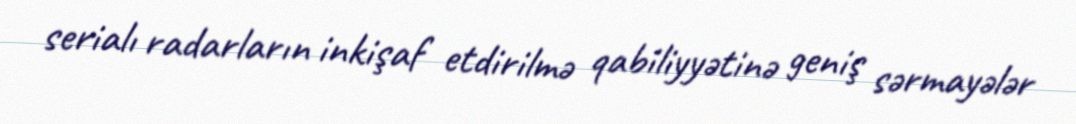
serialı radarların inkişaf etdirilmə qabiliyyətinə geniş sərmayələr